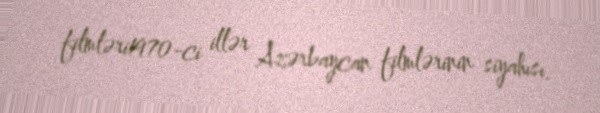
filmləri1970-ci illər Azərbaycan filmlərinin siyahısı.